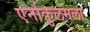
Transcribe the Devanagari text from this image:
एर्नाकुलमला